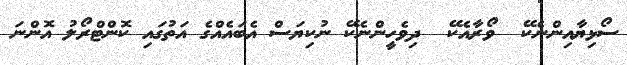
ސޯޅިޔާއިންނެކޭ  ވޯރާއެކޭ  ދިވެހީންނެކޭ ނުކިޔަސް އެބައެއްގެ އަތުގައި ކޮންޓްރޯލު އޮންނަ